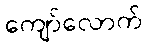
ကျော်လောက်